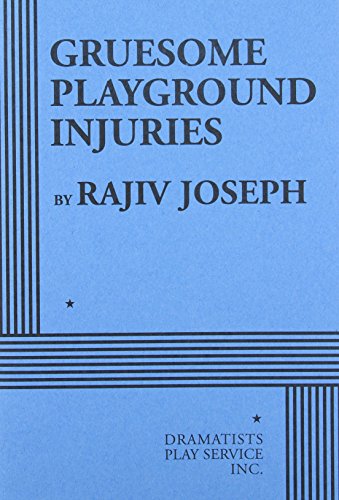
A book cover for Gruesome Playground Injuries; Rajiv Joseph; Literature & Fiction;